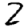
Digit: 2